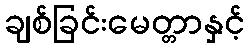
ချစ်ခြင်းမေတ္တာနှင့်